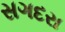
સગદરા